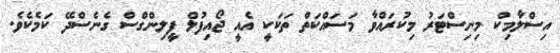
އިސްލާމިކް މިނިސްޓަރު މިކުރަައްވާ މަސައްކަތް ތަކަކީ އެއީ ޖޯއިފުލް ފީލިންގްސް ގެނެސްދޭ ކަމެކެވެ.